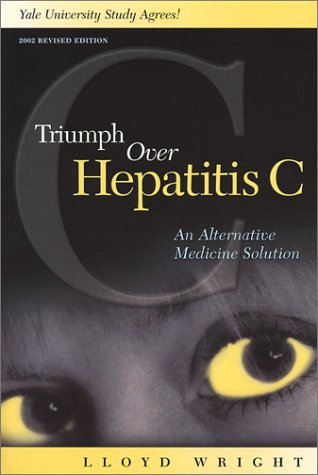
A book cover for Triumph Over Hepatitis C; Lloyd Wright; Health, Fitness & Dieting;